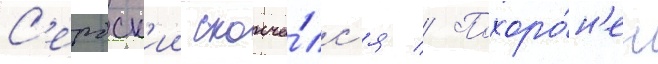
С'ербск'ии сконча́лс'я // Похоро́н'ен